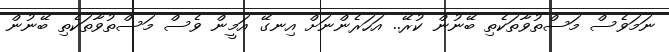
ނަމަވެސް މަސްތުވާތަކެތި ބޭނުން ކުރޭ.. އަހަރެންނަށް އިނގޭ އަމީން ވެސް މަސްތުވާތަކެތި ބޭނުން